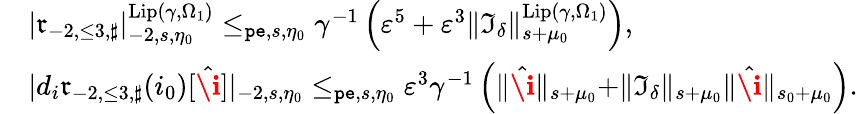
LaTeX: \begin{array}{rl}&{|\mathfrak{r}_{-2,\le 3,\sharp}|_{-2,s,\eta_{0}}^{\mathrm{Lip}(\gamma,\Omega_{1})}\le_{\mathtt{pe},s,\eta_{0}}\gamma^{-1}\left(\varepsilon^{5}+\varepsilon^{3}\rVert\mathfrak{I}_{\delta}\rVert_{s+\mu_{0}}^{\mathrm{Lip}(\gamma,\Omega_{1})}\right),}\\ &{|d_{i}\mathfrak{r}_{-2,\le 3,\sharp}(i_{0})[\hat{\textbf{\i}}]|_{-2,s,\eta_{0}}\le_{\mathtt{pe},s,\eta_{0}}\varepsilon^{3}\gamma^{-1}\left(\rVert\hat{\textbf{\i}}\rVert_{s+\mu_{0}}+\rVert\mathfrak{I}_{\delta}\rVert_{s+\mu_{0}}\rVert\hat{\textbf{\i}}\rVert_{s_{0}+\mu_{0}}\right).}\end{array}